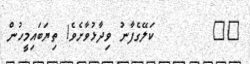
٥٠       ކަލޭގެފާނު ވިދާޅުވާށެވެ! ތިޔަބައިމީހުން